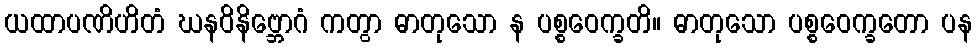
ယထာပဏိဟိတံ ဃနဝိနိဗ္ဘောဂံ ကတွာ ဓာတုသော န ပစ္စဝေက္ခတိ။ ဓာတုသော ပစ္စဝေက္ခတော ပန